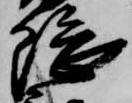
隈